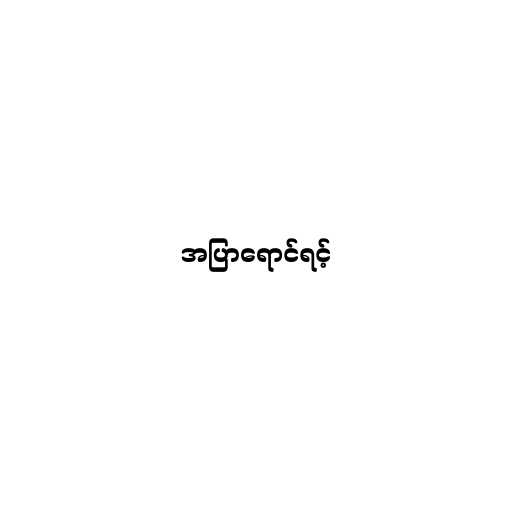
အပြာရောင်ရင့်